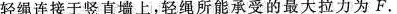
轻绳连接于竖直墙上，轻绳所能承受的最大拉力为F.